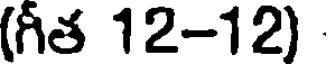
(గీత 12-12)